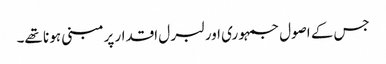
جس کے اصول جمہو ری اور لبر ل اقدار پرمبنی ہو نا تھے۔